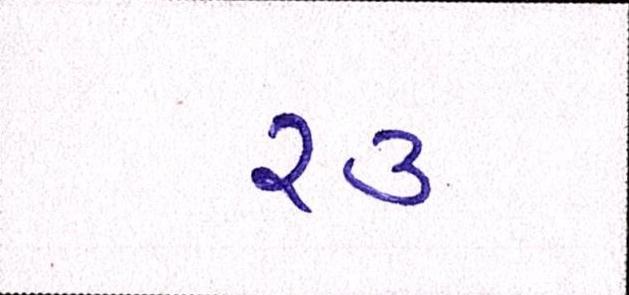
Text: ૨૩